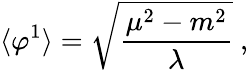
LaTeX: \langle\varphi^{1}\rangle=\sqrt{\frac{\mu^{2}-m^{2}}{\lambda}}\ ,